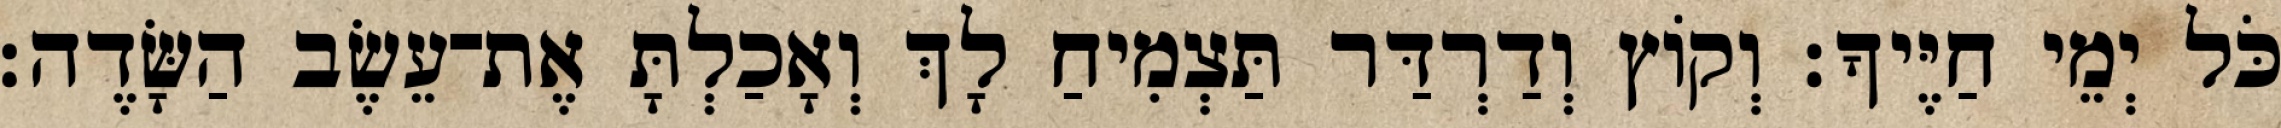
כֹּל יְמֵי חַיֶּיךָ׃ וְקֹוץ וְדַרְדַּר תַּצְמִיחַ לָךְ וְאָכַלְתָּ אֶת־עֵשֶׂב הַשָּׂדֶה׃